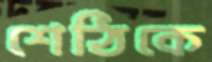
শেঠিকে